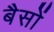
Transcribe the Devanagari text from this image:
बैसों